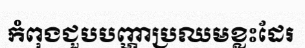
កំពុងជួបបញ្ហាប្រឈមខ្លះដែរ